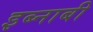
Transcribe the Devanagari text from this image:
इब्नाबी